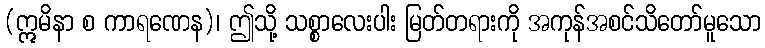
(ဣမိနာ စ ကာရဏေန)၊ ဤသို့ သစ္စာလေးပါး မြတ်တရားကို အကုန်အစင်သိတော်မူသော